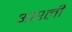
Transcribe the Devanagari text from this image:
आश्ली